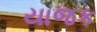
યાજક